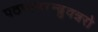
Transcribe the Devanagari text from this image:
पठन्स्मरन्ब्रुवन्नरो